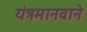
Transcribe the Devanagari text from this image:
यंत्रमानवाने